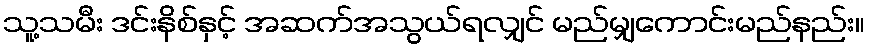
သူ့သမီး ဒင်းနိစ်နှင့် အဆက်အသွယ်ရလျှင် မည်မျှကောင်းမည်နည်း။